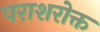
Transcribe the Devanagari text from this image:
पराशरोक्त